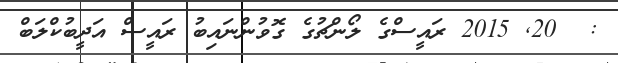
:  20